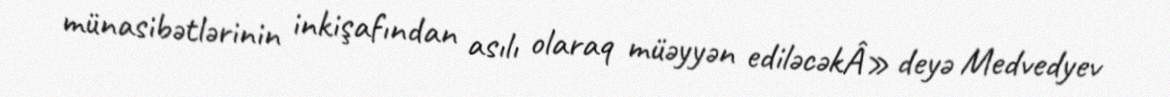
münasibətlərinin inkişafından asılı olaraq müəyyən ediləcəkÂ» deyə Medvedyev